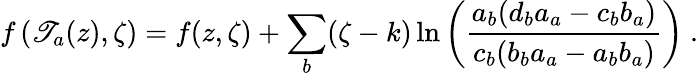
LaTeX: f\left(\mathscr{T}_{a}(z),\zeta\right)=f(z,\zeta)+\sum_{b}(\zeta-k)\ln\left(\frac{{a_{b}(d_{b}a_{a}-c_{b}b_{a})}}{{c_{b}(b_{b}a_{a}-a_{b}b_{a})}}\right)\ .